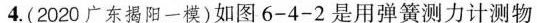
4.(2020广东揭阳一模)如图6-4-2是用弹簧测力计测物